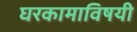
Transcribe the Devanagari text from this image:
घरकामाविषयी